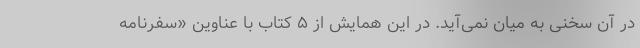
در آن سخنی به میان نمی‌آید. در این همایش از ۵ کتاب با عناوین «سفرنامه